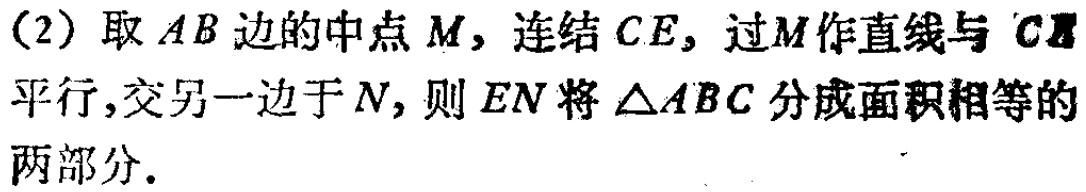
(2) 取 \(AB\) 边的中点 \(M\)，连结 \(CE\)，过 \(M\) 作直线与 \(C\) 平行，交另一边于 \(N\)，则 \(EN\) 将 \(\triangle ABC\) 分成面积相等的两部分.